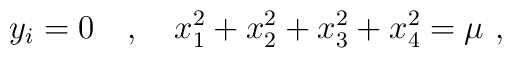
y_i=0 \quad , \quad x_1^2+ x_2^2+ x_3^2+ x_4^2= \mu~,